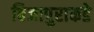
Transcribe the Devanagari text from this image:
विजापुराकडे